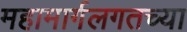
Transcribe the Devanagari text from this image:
महामार्गलगतच्या